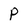
Character: p